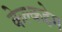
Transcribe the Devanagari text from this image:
केल्कहेम